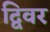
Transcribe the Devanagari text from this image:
द्विवर